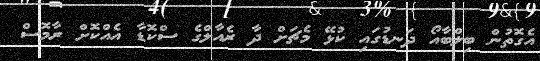
އެގޮތުން ބިލްބާއޯ ދަނޑުގައި ކުޅޭ މެޗަށް ދާ ރެއާލްގެ ސްކޮޑާ އެއްކޮށް ރާމޮސް